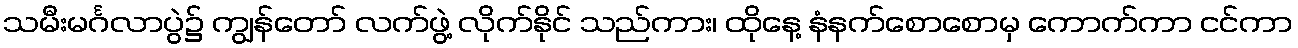
သမီးမင်္ဂလာပွဲ၌ ကျွန်တော် လက်ဖွဲ့ လိုက်နိုင် သည်ကား၊ ထိုနေ့ နံနက်စောစောမှ ကောက်ကာ ငင်ကာ